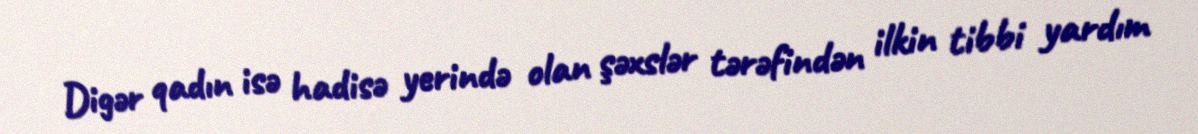
Digər qadın isə hadisə yerində olan şəxslər tərəfindən ilkin tibbi yardım